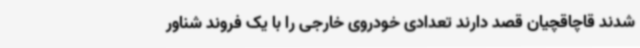
شدند قاچاقچیان قصد دارند تعدادی خودروی خارجی را با یک فروند شناور